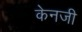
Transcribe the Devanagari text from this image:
केनजी